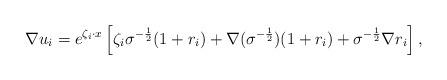
LaTeX: \begin{align*}\nabla u_i= e^{\zeta_i\cdot x}\left[ \zeta_i\sigma^{-\frac{1}{2}}(1+r_i)+\nabla (\sigma^{-\frac{1}{2}})(1+r_i)+\sigma^{-\frac{1}{2}}\nabla r_i \right],\end{align*}